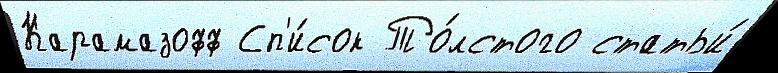
Карамазофф Сп'и́сок То́лстого статьи́